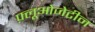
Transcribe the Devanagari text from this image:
फ़्लूओजेटीन